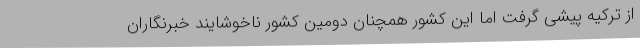
از ترکیه پیشی گرفت اما این کشور همچنان دومین کشور ناخوشایند خبرنگاران